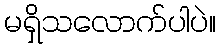
မရှိသလောက်ပါပဲ။